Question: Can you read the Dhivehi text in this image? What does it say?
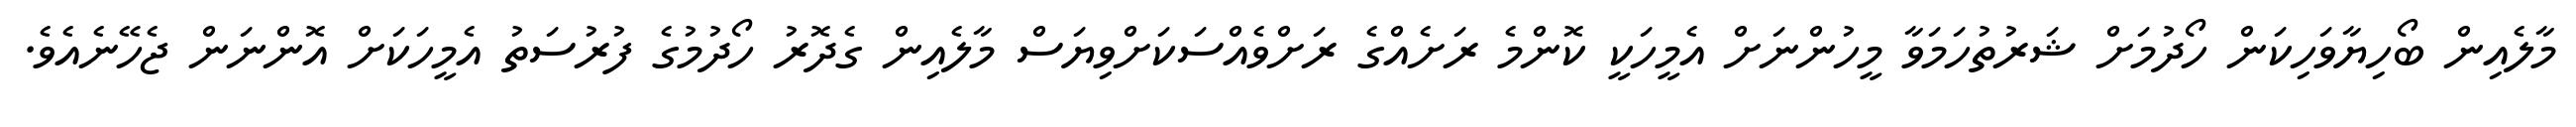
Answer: މާލެއިން ބޯހިޔާވަހިކަން ހޯދުމަށް ޝަރުތުހަމަވާ މީހުންނަށް އެމީހަކީ ކޮންމެ ރަށެއްގެ ރަށްވެއްސަކަށްވިޔަސް މާލެއިން ގެދޮރު ހޯދުމުގެ ފުރުސަތު އެމީހަކަށް އޮންނަން ޖެހޭނެއެވެ.